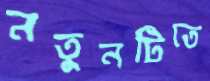
নতুনটিতে